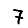
Digit: 7